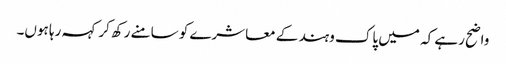
واضح رہے کہ میں پاک وہند کے معاشرے کو سامنے رکھ کر کہہ رہا ہوں۔